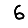
Digit: 6